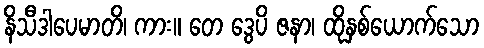
နိသီဒါပေမာတိ၊ ကား။ တေ ဒွေပိ ဇနာ၊ ထိုနှစ်ယောက်သော